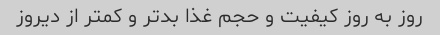
روز به روز کیفیت و حجم غذا بد‌تر و کمتر از دیروز